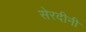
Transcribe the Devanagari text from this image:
सेरदीनी